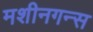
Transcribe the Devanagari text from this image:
मशीनगन्स